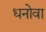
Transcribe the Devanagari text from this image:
धनोवा